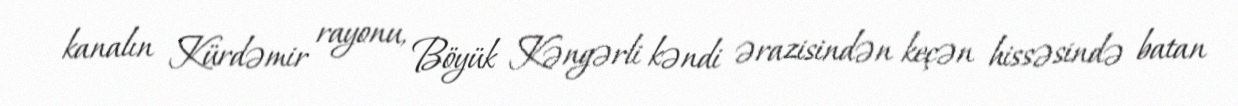
kanalın Kürdəmir rayonu, Böyük Kəngərli kəndi ərazisindən keçən hissəsində batan